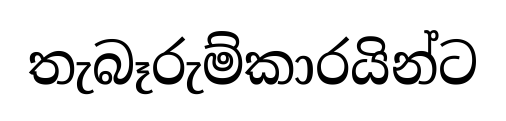
තැබෑරුම්කාරයින්ට